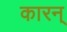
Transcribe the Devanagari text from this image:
कारन्